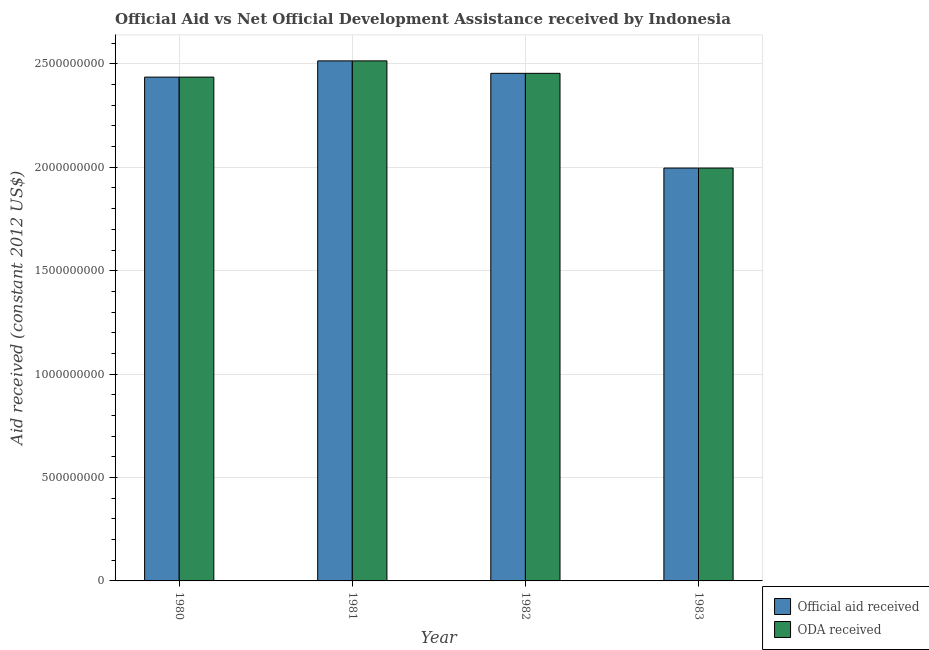
| Year | Official aid received | ODA received |
 | --- | --- | --- |
 | 1980 | 2.44e+09 | 2.44e+09 |
 | 1981 | 2.51e+09 | 2.51e+09 |
 | 1982 | 2.45e+09 | 2.45e+09 |
 | 1983 | 2e+09 | 2e+09 |